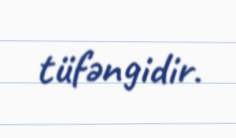
tüfəngidir.